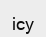
ісу